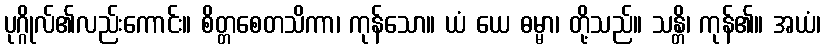
ပုဂ္ဂိုလ်၏လည်းကောင်း။ စိတ္တစေတသိကာ၊ ကုန်သော။ ယံ ယေ ဓမ္မာ၊ တို့သည်။ သန္တိ၊ ကုန်၏။ အယံ၊